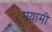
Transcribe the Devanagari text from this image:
मयामी